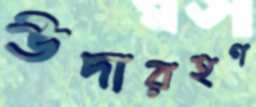
উদারহণ